Juuru_vallavalitsus, lk 45
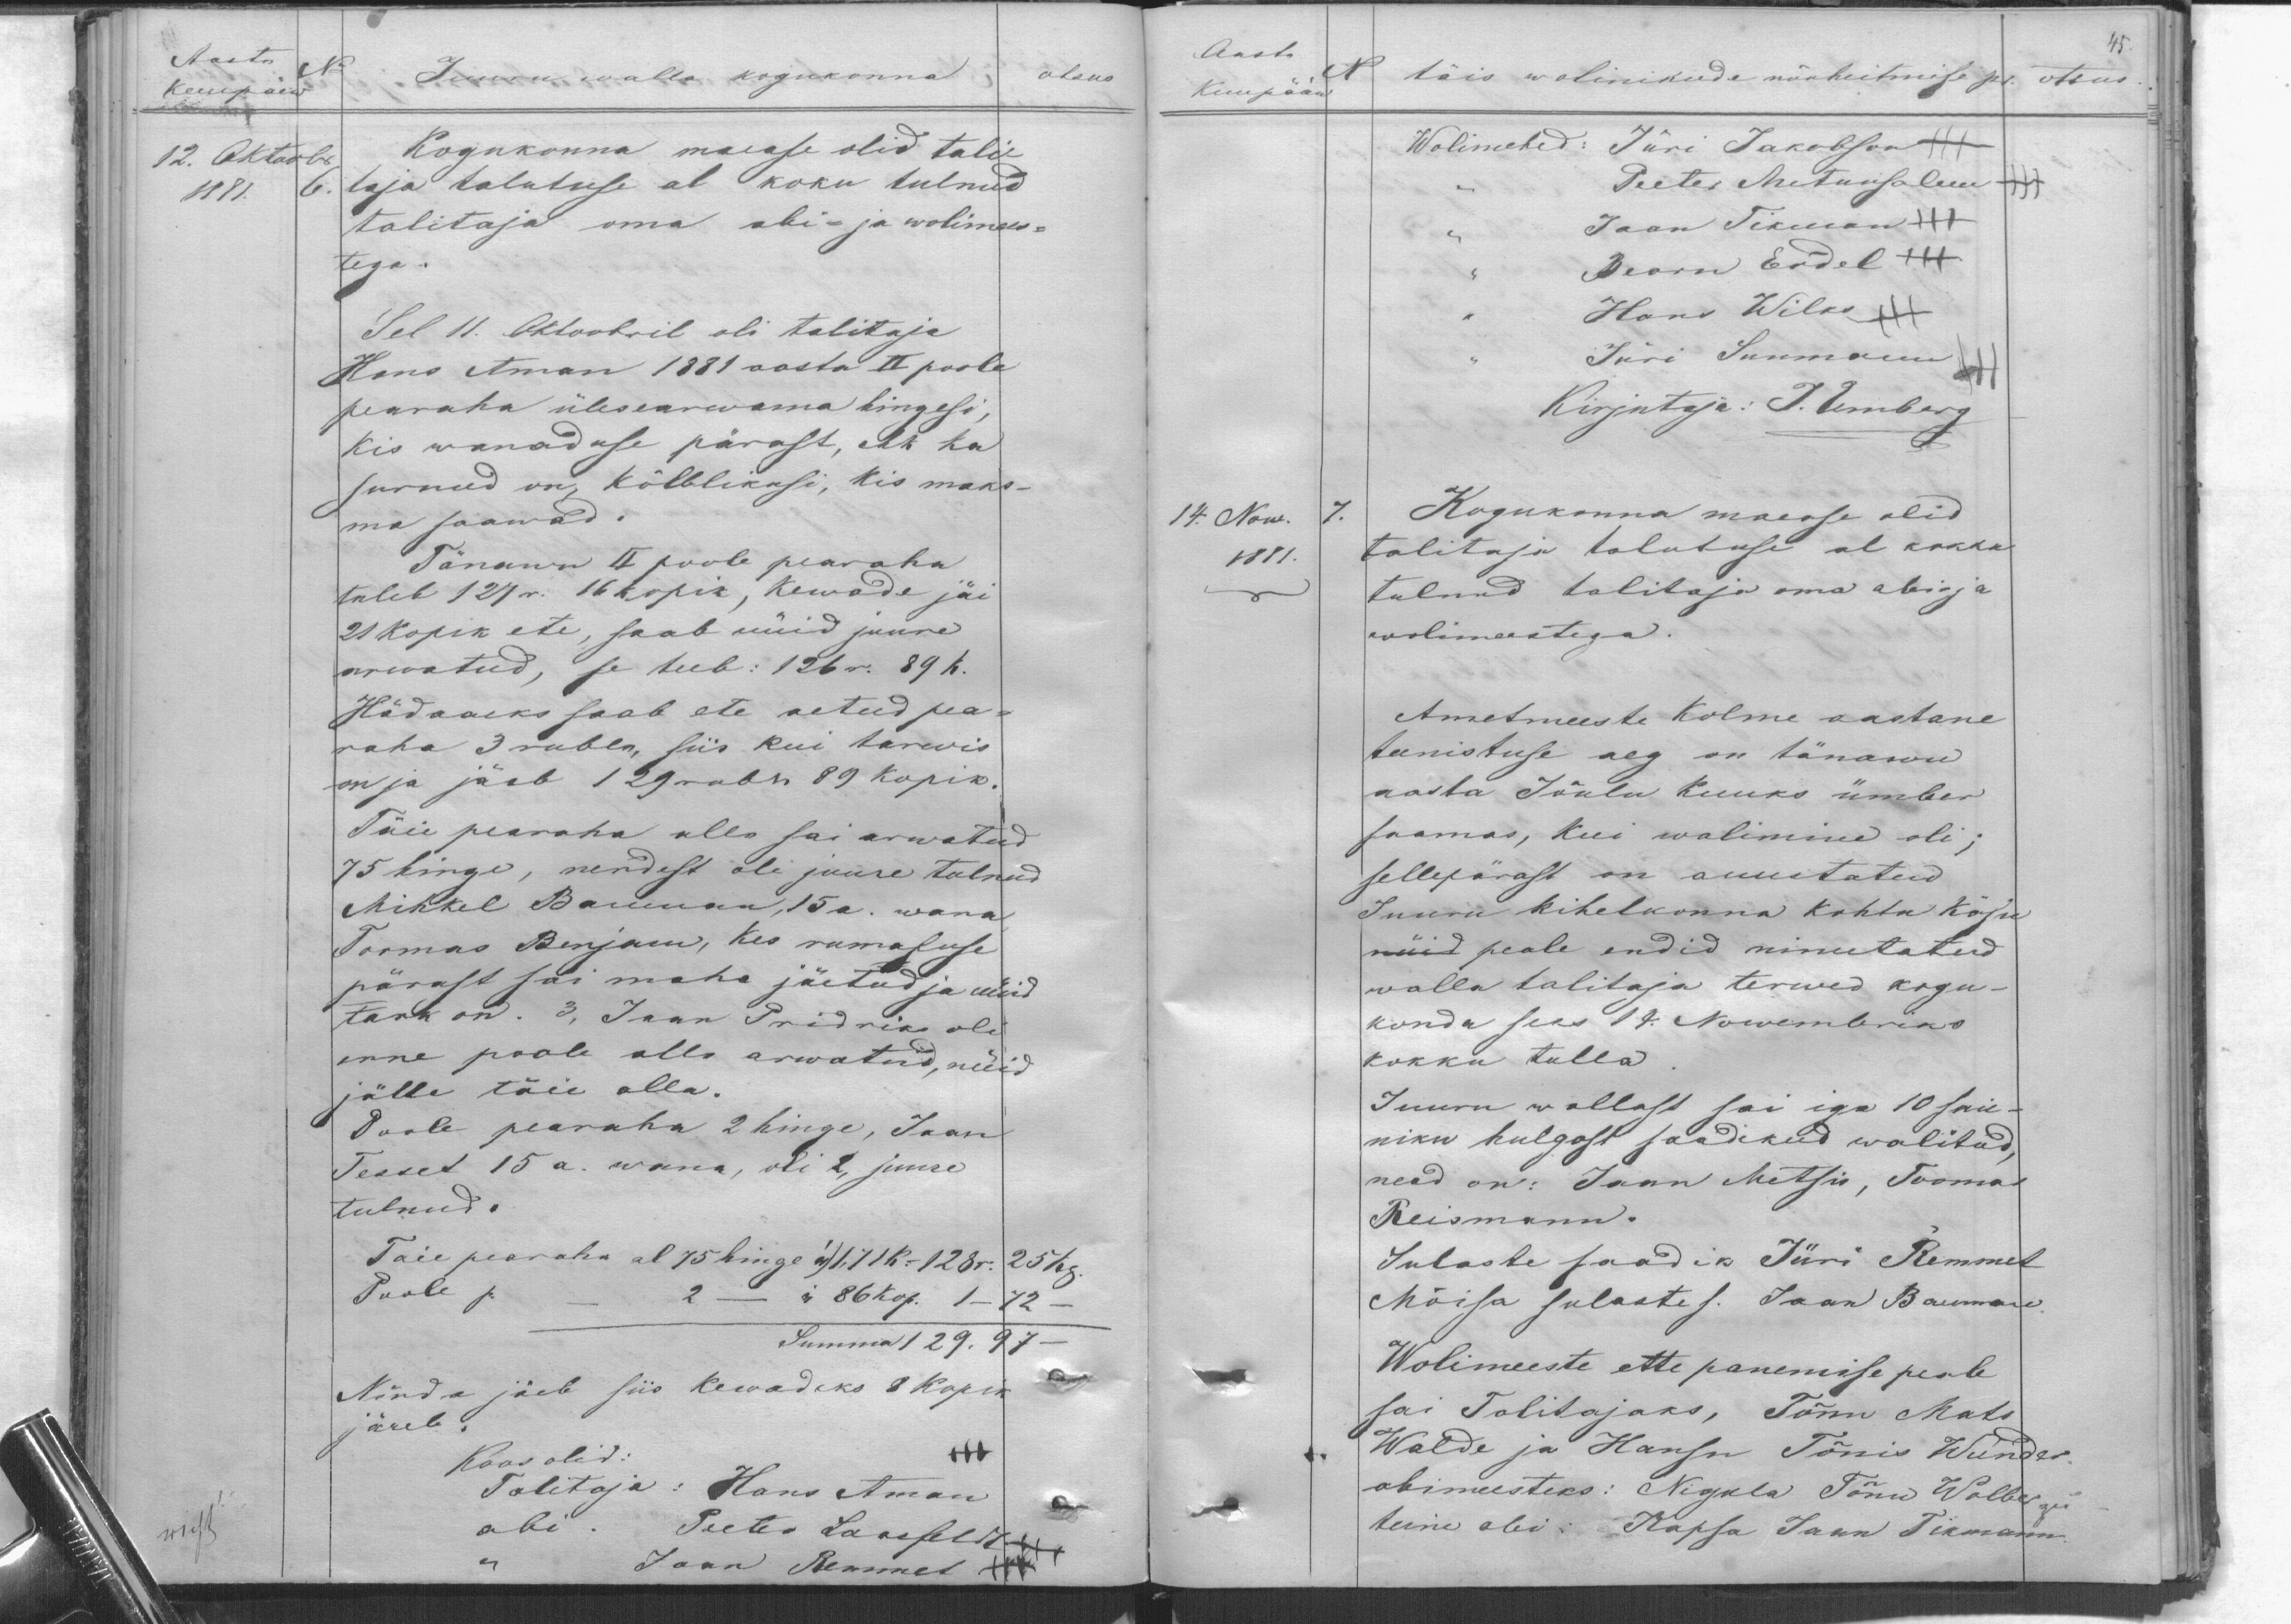
Aasta
Kuupäew No
12. Oktoobr.
1881. 6.
Juuru walla kogukonna
otsus
Kogukonna maease olid tali
taja talututse al koku tulnud
talitaja oma abi- ja wolimees-
tega.
Sel 11. Oktoobril oli talitaja
Hans Aman 1881 aasta II poole
pearaha ülesearwama hingesi,
Kis wanaduse pärast, ehk ka
surnud on, kõlblikusi, kis maks-
ma saawad.
Tänawu II poole pearaha
tuleb 127 r. 16 kopik, kewade jäi
21 kopik ete, saab nüid juure
arwatud, se teeb: 126 r. 89 k.
Hädaaeks saab ete aetud pea-
raha 3 rubla, siis kui tarwis
on ja jäeb 129 rubl 89 kopik.
Täie pearaha alla sai arwatud
75 hinge, nendest oli juure tulnud
Mihkel Baumann, 15 a. wana
Tormas Benjan, kes rumaluse
pärast sai maha jäetud ja nüid
tark on. 3, Jaan Pridriks oli
enne poole alla arwatud, nüid
jälle täie alla.
Poole pearaha 2 hinge, Jaan
Tesset 15 a. wana, oli 2, juure
tulnud.
Taie pearaha al 75 hinge á/17k-128r. 25 kop.
Poole p. -  2 - " 86 kop. 1-72-
Summa 129. 97 -
Nõnda jäeb siis kewadeks 8 kopik
järele.
Koos olid:
Talitaja: Hans Aman
abi. Peeter Laasfeldt +++
Jaan Remmet +++

45
Aasta
Kuupääw
No
täis wolinikude nõuheitmise pr.
otsus
Wolimehed: Jüri Jakobson
Peeter Mituusoleku ++
Jaan Tikman +++
Bearn Erdel XXX
Hans Wilks +++
Jüri Suumann
Kirjutaja: J. Umberg
14. Now. 7.
1881.
Kogukonna maease olid
talitaja talutuse al kokku
tulnud talitaja oma abi -ja
wolimeestega.
Ametmeeste Kolme aastane
teenistuse aeg on tänawu
aasta Jõulu kuuks ümber
saamas, kui walimised oli;
sellepärast on auustatud
Juuru kihelkonna kohtu käsk
nüid peale endid nimetatud
walla talitaja terwed kogu-
konda seas 14. Nowembriks
kokku tulla.
Juuru wallast sai iga 10 sau-
niku hulgast saadikud walitud,
need on: Jaan Metsis, Toomas
Reismann.
Sulaste saadik Jüri Remmet
Mõisa sulaste s. Jaan Baumann,
Wolimeeste ette panemise peale
sai Talitajaks, Tõnu Mats
Walde ja Hansu Tõnis Wunder
abimeesteks: Nigula Tõnu Walberg
teine abi: Kapsa Jaan Tikmann